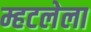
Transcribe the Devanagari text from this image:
म्हटलेला